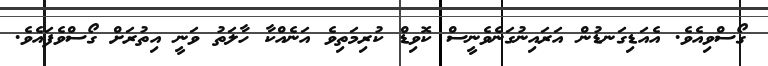
ގޯސްވިއެވެ. އެއަޑިގަނޑުން އަރައިނުގަނެވެނީސް ކޮވިޑް ކުރިމަތިވެ އަނެއްކާ ހާލަތު ވަނީ އިތުރަށް ގޯސްވެފައެވެ.